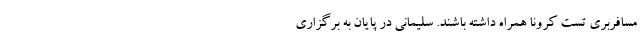
مسافربری تست کرونا همراه داشته باشند. سلیمانی در پایان به برگزاری